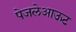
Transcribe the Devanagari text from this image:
पेजलेआऊट